Scottish Leaving Certificate Examination, 1954
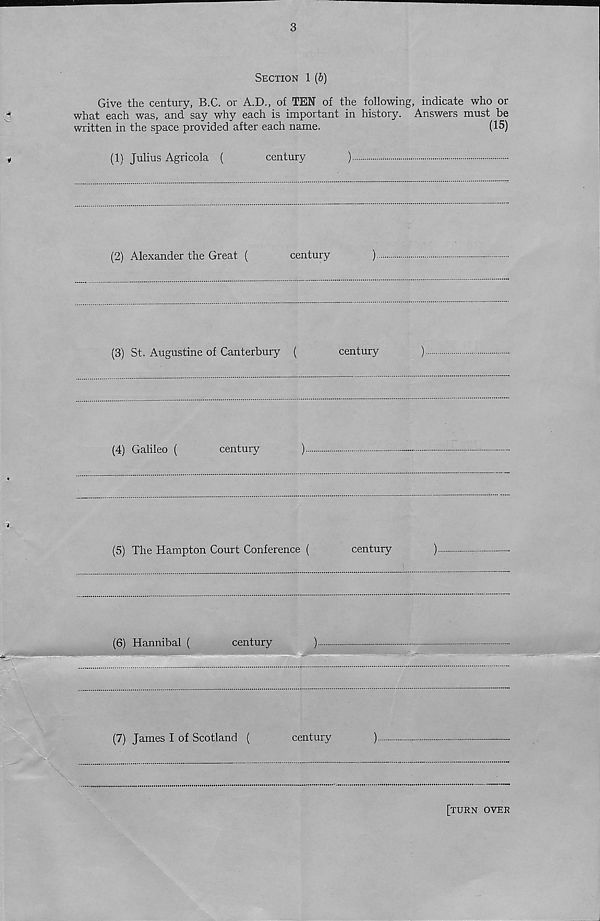
3
Section 1 (6)
Give the century, B.C. or A.D., of TEN of the following, indicate who or
what each was, and say why each is important in history. Answers must be
written in the space provided after each name.
(15)
(1) Julius Agricola (
century
)
(2) Alexander the Great (
century
)
(3) St. Augustine of Canterbury (
century
)
(4) Galileo (
century
)
(5) The Hampton Court Conference (
century
)
(6) Hannibal (
century
)
(7) James I of Scotland (
century
)
[turn over